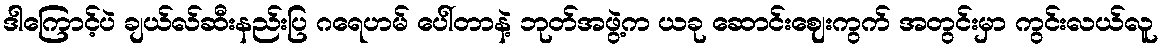
ဒါကြောင့်ပဲ ချယ်လ်ဆီးနည်းပြ ဂရေဟမ် ပေါ်တာနဲ့ ဘုတ်အဖွဲ့က ယခု ဆောင်းဈေးကွက် အတွင်းမှာ ကွင်းလယ်လူ